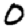
Digit: 0